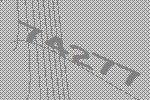
74277